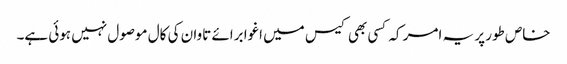
خاص طور پر یہ امر کہ کسی بھی کیس میں اغوا برائے تاوان کی کال موصول نہیں ہوئی ہے۔